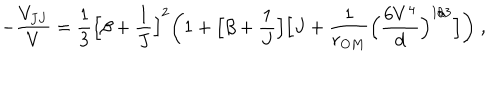
LaTeX: - \frac { V _ { J J } } { V } = \frac { 1 } { 3 } \Big [ \beta + \frac { 1 } { J } \Big ] ^ { 2 } \bigg ( 1 + \Big [ \beta + \frac { 1 } { J } \Big ] \Big [ J + \frac { 1 } { r _ { O M } } \Big ( \frac { 6 V ^ { 4 } } { d } \Big ) ^ { 1 / 3 } \Big ] \bigg ) \; ,